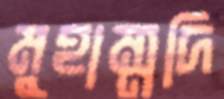
মুহাম্মদি